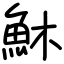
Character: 𩵦